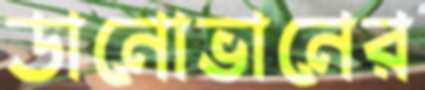
ডানোভানের